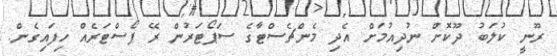
ރޫނީ ކުލަބު ދޫކޮށް ނުދިއުމަށް އެދި މެންޗެސްޓާގެ ސަޕޯޓަރުން ރޭ ޕޯސްޓަރެއް ހިފައިގެން.